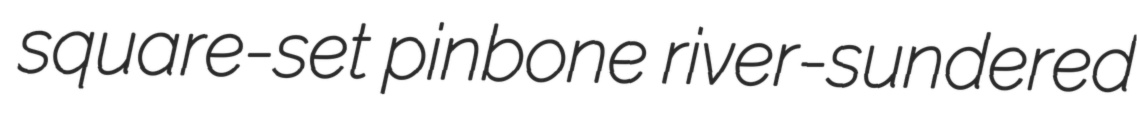
square-set pinbone river-sundered